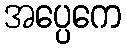
အပ္ပေကေ